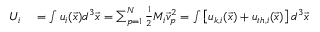
\begin{array} { r l } { U _ { i } } & { { } = \int u _ { i } ( \vec { x } ) d ^ { 3 } \vec { x } = \sum _ { p = 1 } ^ { N } \frac { 1 } { 2 } M _ { i } \vec { v } _ { p } ^ { 2 } = \int \left[ u _ { k , i } ( \vec { x } ) + u _ { t h , i } ( \vec { x } ) \right] d ^ { 3 } \vec { x } } \end{array}